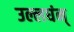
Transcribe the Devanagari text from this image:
उल्लघंन्